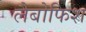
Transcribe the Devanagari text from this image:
लैबोफिश